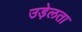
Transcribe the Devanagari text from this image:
उड़ेलता